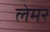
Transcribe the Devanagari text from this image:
लेमर